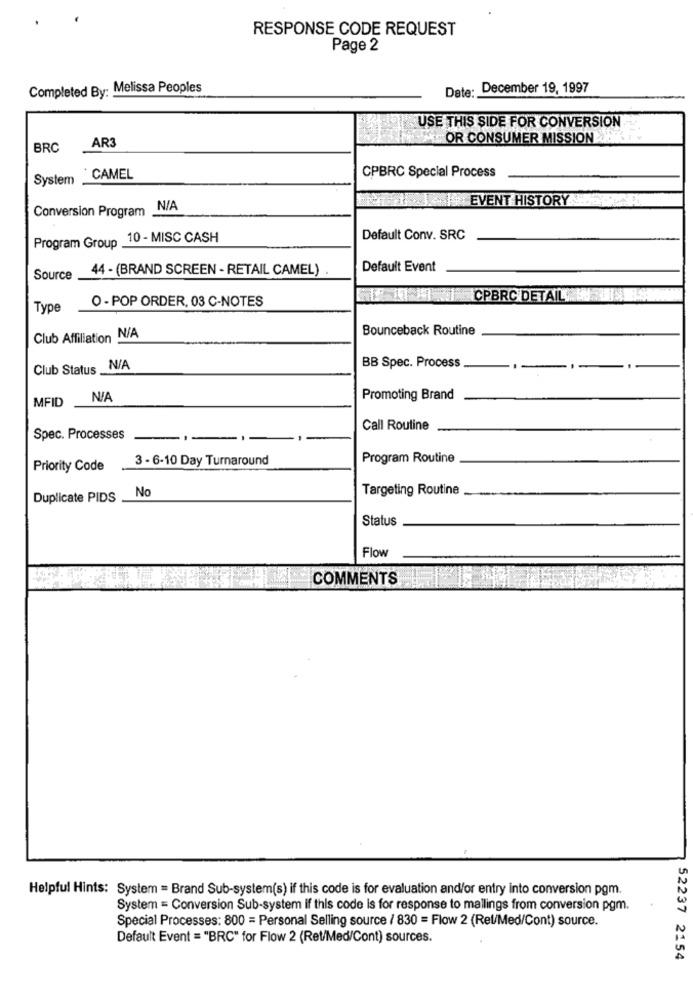
RESPONSE CODE REQUEST
Page 2
Completed By: Melissa Peoples
Date: December 19, 1997
USE THIS SIDE FOR CONVERSION
AR3
OR CONSUMER MISSION
BRC
CPBRC Special Process
System
CAMEL
EVENT HISTORY
Conversion Program .
Program Group 10 - MISC CASH
Default Conv. SRC
44 - (BRAND SCREEN - RETAIL CAMEL) .
Default Event
Source
O - POP ORDER, 03 C-NOTES
CPBRC DETAIL
Type
Bounceback Routine
Club Affiliation N/A
BB Spec. Process
Club Status
MFID
Promoting Brand
Call Routine
Spec. Processes
3 - 6-10 Day Turnaround
Program Routine
Priority Code
No
Targeting Routine
Duplicate PIDS
Status
Flow
COMMENTS
Helpful Hints: System = Brand Sub-system(s) if this code is for evaluation and/or entry into conversion pgm.
System = Conversion Sub-system if this code is for response to mallings from conversion pgm.
Special Processes: 800 = Personal Selling source / 830 = Flow 2 (Rel/Med/Cont) source.
Default Event = "BRC" for Flow 2 (Ret/Med/Cont) sources.
52237 2154